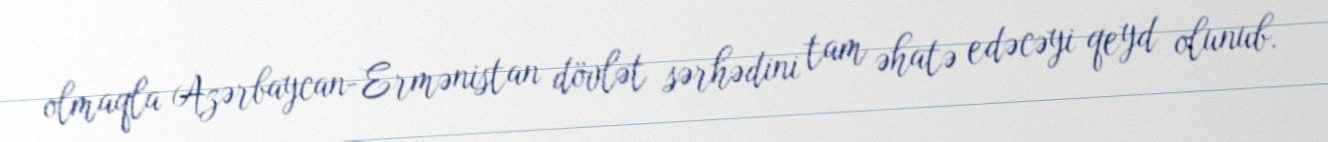
olmaqla Azərbaycan-Ermənistan dövlət sərhədini tam əhatə edəcəyi qeyd olunub.